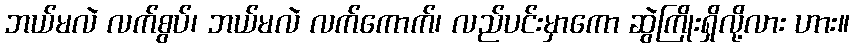
ဘယ်မလဲ လက်စွပ်၊ ဘယ်မလဲ လက်ကောက်၊ လည်ပင်းမှာကော ဆွဲကြိုးရှိလို့လား ဟား။